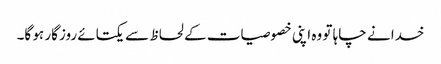
خدا نے چاہا تو وہ اپنی خصوصیات کے لحاظ سے یکتائے روزگار ہو گا۔